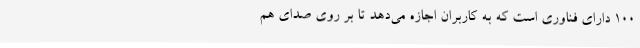
100 دارای فناوری است که به کاربران اجازه می‌دهد تا بر روی صدای هم